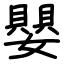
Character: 嬰